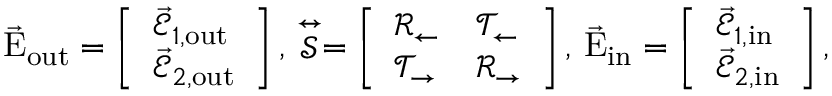
\vec { \mathrm { E } } _ { \mathrm { { o u t } } } = \left[ \begin{array} { l } { \vec { \mathcal { E } } _ { 1 , \mathrm { { o u t } } } } \\ { \vec { \mathcal { E } } _ { 2 , \mathrm { { o u t } } } } \end{array} \right] , \, \stackrel { \leftrightarrow } { \mathcal { S } } = \left[ \begin{array} { l l } { \mathcal { R } _ { \leftarrow } } & { \mathcal { T } _ { \leftarrow } } \\ { \mathcal { T } _ { \rightarrow } } & { \mathcal { R } _ { \rightarrow } } \end{array} \right] , \, \vec { \mathrm { E } } _ { \mathrm { { i n } } } = \left[ \begin{array} { l } { \vec { \mathcal { E } } _ { 1 , \mathrm { { i n } } } } \\ { \vec { \mathcal { E } } _ { 2 , \mathrm { { i n } } } } \end{array} \right] ,